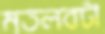
মতলবটা